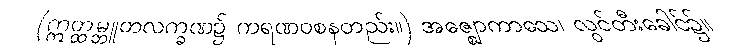
(ဣတ္ထမ္ဘူတလက္ခဏ၌ ကရဏဝစနတည်း။) အဇ္ဈောကာသေ၊ လွင်တီးခေါင်၌။